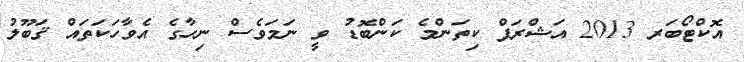
އޮކްޓޯބަރ 2013 އަޝްރަފް ކިތަންމެ ކަންބޮޑު ވީ ނަމަވެސް ނިހާގެ އެވާހަކަތައް ޤަބޫލު